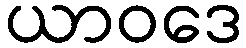
ယာဝဒေ